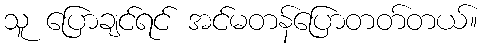
သူ ပြောချင်ရင် အင်မတန်ပြောတတ်တယ်။